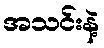
အသင်းနဲ့